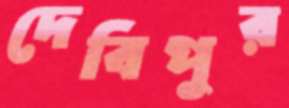
দেবিপুর